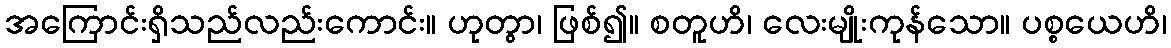
အကြောင်းရှိသည်လည်းကောင်း။ ဟုတွာ၊ ဖြစ်၍။ စတူဟိ၊ လေးမျိုးကုန်သော။ ပစ္စယေဟိ၊